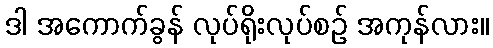
ဒါ အကောက်ခွန် လုပ်ရိုးလုပ်စဉ် အကုန်လား။